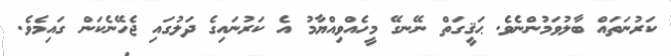
ކަރުނަތައް ބާލުވަމުންނެވެ. ޙަޤީގަތް ނޭނގޭ މީހެއްވިއްޔާމު އެ ކަރުނައިގެ ދަލުގައި ޖެހޭނެކަން ގައިމެވެ.